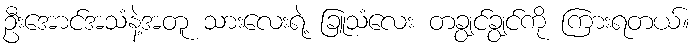
ဦးအောင်အသံနဲ့အတူ သားလေးရဲ့ ခြူသံလေး တချွင်ချွင်ကို ကြားရတယ်။